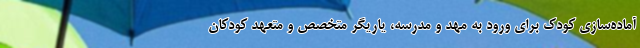
آماده‌سازی کودک برای ورود به مهد و مدرسه، یاریگر متخصص و متعهد کودکان